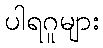
ပါရဂူများ